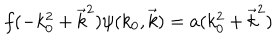
f ( - k _ { 0 } ^ { 2 } + \vec { k } ^ { 2 } ) \psi ( k _ { 0 } , \vec { k } ) = a ( k _ { 0 } ^ { 2 } + \vec { k } ^ { 2 } )